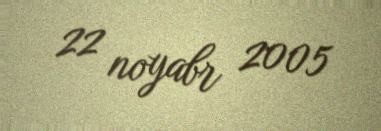
22 noyabr 2005